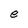
Character: e